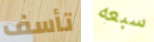
تأسف سبعه